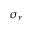
\sigma _ { r }